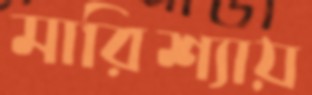
মারিশ্যায়